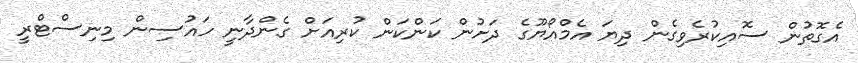
އެގޮތުން ސޮއިކުރެވިގެން ދިޔަ އެމްއޯޔޫގެ ދަށުން ކަންކަން ކުރިއަށް ގެންދާނީ ހައުސިން މިނިސްޓްރީ